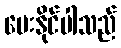
မေးနိုင်ပါသည်